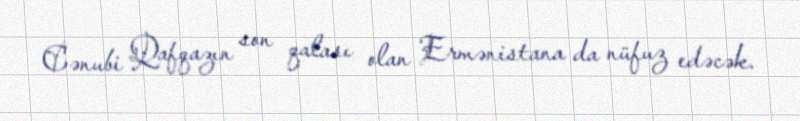
Cənubi Qafqazın son qalası olan Ermənistana da nüfuz edəcək.